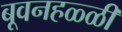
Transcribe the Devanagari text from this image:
बूवनहळ्ळी